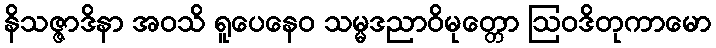
နိသဇ္ဇာဒိနာ အဝသိ ရူပေနေဝ သမ္မဒညာဝိမုတ္တော ဩဝဒိတုကာမော